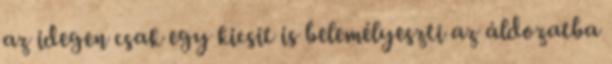
az idegen csak egy kicsit is belemélyeszti az áldozatba